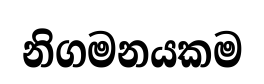
නිගමනයකම